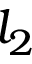
l _ { 2 }